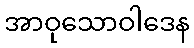
အာဝုသောဝါဒေန